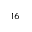
^ { 1 6 }